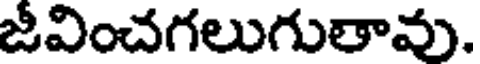
జీవించగలుగుతావు.